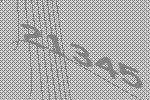
21345